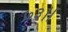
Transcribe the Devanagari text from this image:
७३।।